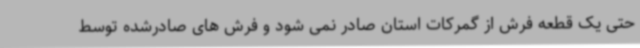
حتی یک قطعه فرش از گمرکات استان صادر نمی شود و فرش های صادرشده توسط